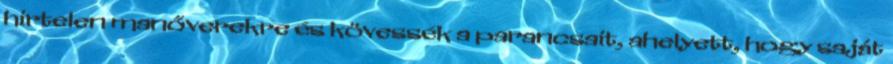
hirtelen manőverekre és kövessék a parancsait, ahelyett, hogy saját